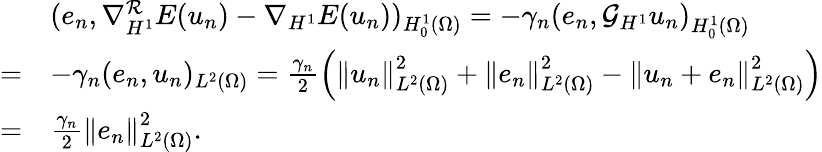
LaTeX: \begin{array}{rl}&{(e_{n},\nabla_{H^{1}}^{\mathcal{R}}E(u_{n})-\nabla_{H^{1}}E(u_{n}))_{H_{0}^{1}(\Omega)}=-\gamma_{n}\left(e_{n},\mathcal{G}_{H^{1}}u_{n}\right)_{H_{0}^{1}(\Omega)}}\\ {=}&{-\gamma_{n}(e_{n},u_{n})_{L^{2}(\Omega)}=\frac{\gamma_{n}}{2}\left(\left\Vert u_{n}\right\Vert_{L^{2}(\Omega)}^{2}+\left\Vert e_{n}\right\Vert_{L^{2}(\Omega)}^{2}-\left\Vert u_{n}+e_{n}\right\Vert_{L^{2}(\Omega)}^{2}\right)}\\ {=}&{\frac{\gamma_{n}}{2}\left\Vert e_{n}\right\Vert_{L^{2}(\Omega)}^{2}.}\end{array}